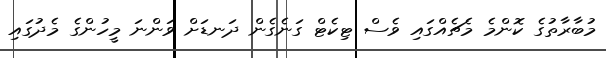
މުބާރާތުގެ ކޮންމެ މެޗެއްގައި ވެސް ޓިކެޓް ގަނެގެން ދަނޑަށް ވަންނަ މީހުންގެ މެދުގައި